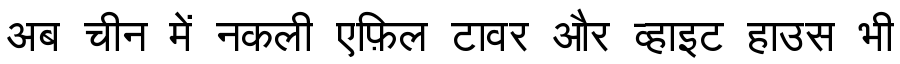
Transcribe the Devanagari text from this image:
अब चीन में नकली एफ़िल टावर और व्हाइट हाउस भी